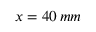
x = 4 0 \, m m